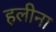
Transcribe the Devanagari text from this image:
हलीना